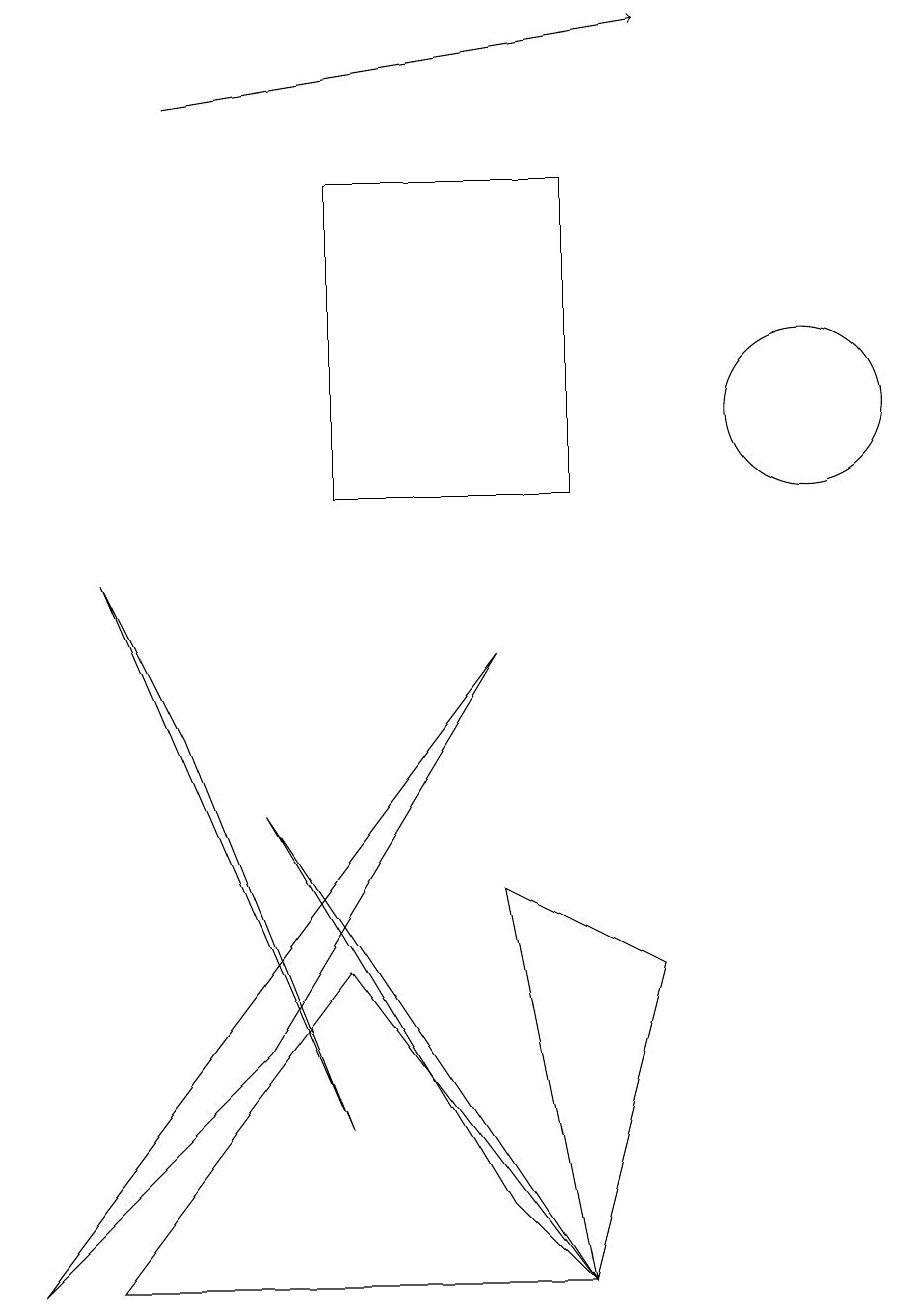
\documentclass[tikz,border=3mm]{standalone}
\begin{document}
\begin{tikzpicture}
\draw (3,6) -- (6,1) -- (7,0) -- cycle;
\draw (7,0) -- (6,5) -- (8,4) -- cycle;
\draw (4,4) -- (1,0) -- (7,0) -- cycle;
\draw[->] (2,15) -- (8,16);
\draw (4,14) rectangle (7,10);
\draw (0,0) -- (6,8) -- (3,3) -- cycle;
\draw (10,11) circle (1);
\draw (2,7) -- (1,9) -- (4,2) -- cycle;
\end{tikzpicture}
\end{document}